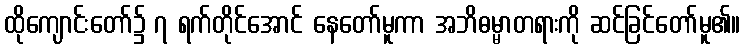
ထိုကျောင်းတော်၌ ၇ ရက်တိုင်အောင် နေတော်မူကာ အဘိဓမ္မာတရားကို ဆင်ခြင်တော်မူ၏။